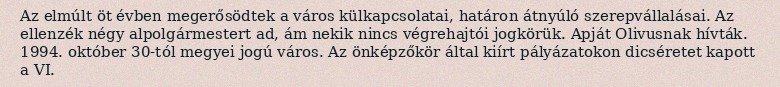
Az elmúlt öt évben megerősödtek a város külkapcsolatai, határon átnyúló szerepvállalásai. Az ellenzék négy alpolgármestert ad, ám nekik nincs végrehajtói jogkörük. Apját Olivusnak hívták. 1994. október 30-tól megyei jogú város. Az önképzőkör által kiírt pályázatokon dicséretet kapott a VI.